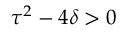
\tau ^ { 2 } - 4 \delta > 0